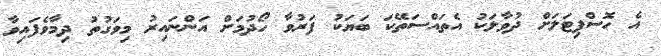
އެ ހޮސްޕިޓަލަށް ދުވާލަކު އެތައްސަތޭކަ ބަޔަކު ފަރުވާ ހޯދުމަށް އަންނައިރު މިވަގުތު ދިމާވެފައިވާ